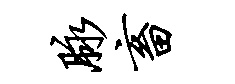
脉畜